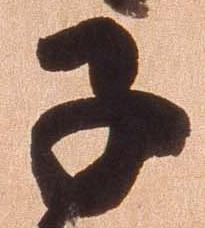
子